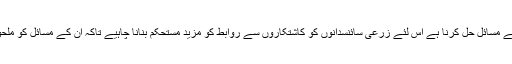
انہوں نے کہاکہ زرعی تحقیق کا بنیادی مقصد کاشتکاروں کے مسائل حل کرنا ہے اس لئے زرعی سائنسدانوں کو کاشتکاروں سے روابط کو مزید مستحکم بنانا چاہیے تاکہ ان کے مسائل کو ملحوظ خاطر رکھتے ہوئے تحقیقاتی ترجیحات مرتب کی جائیں۔